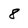
Character: 8